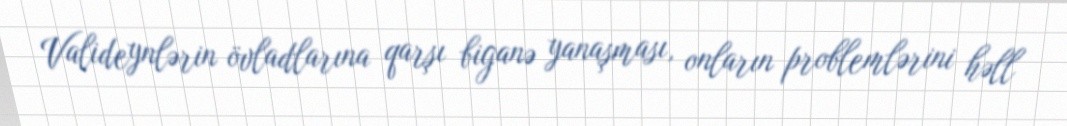
Valideynlərin övladlarına qarşı biganə yanaşması, onların problemlərini həll